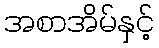
အစာအိမ်နှင့်